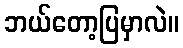
ဘယ်တော့ပြမှာလဲ။